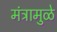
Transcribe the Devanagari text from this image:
मंत्रामुळे